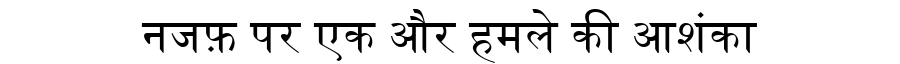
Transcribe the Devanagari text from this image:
नजफ़ पर एक और हमले की आशंका